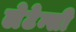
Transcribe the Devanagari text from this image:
लेटेन्सी